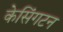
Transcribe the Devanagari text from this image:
केसिंगटन